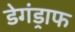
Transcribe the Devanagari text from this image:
डेगंड्राफ